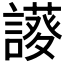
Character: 𧬝